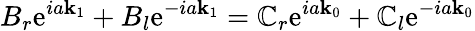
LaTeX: B_{r}\mathrm{e}^{ia\mathbf{k}_{1}}+B_{l}\mathrm{e}^{-ia\mathbf{k}_{1}}=\mathbb{C}_{r}\mathrm{e}^{ia\mathbf{k}_{0}}+\mathbb{C}_{l}\mathrm{e}^{-ia\mathbf{k}_{0}}